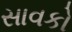
સાવકો